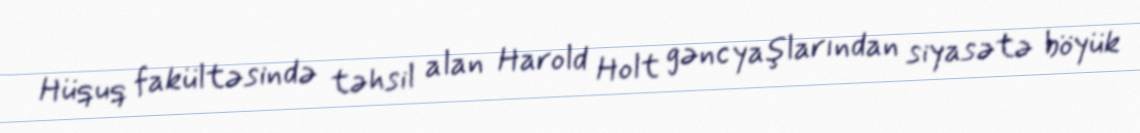
Hüquq fakültəsində təhsil alan Harold Holt gənc yaşlarından siyasətə böyük